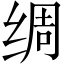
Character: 绸